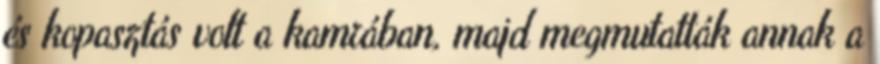
és kopasztás volt a kamrában, majd megmutatták annak a